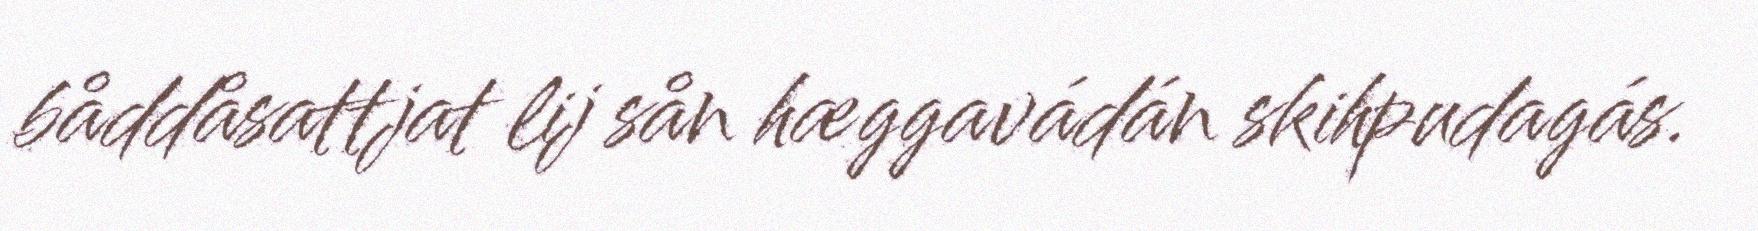
båddåsattjat lij sån hæggavádán skihpudagás.